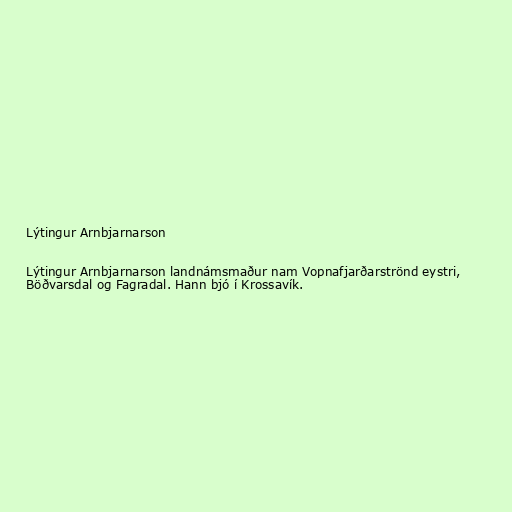
Lýtingur Arnbjarnarson

Lýtingur Arnbjarnarson landnámsmaður nam Vopnafjarðarströnd eystri,
Böðvarsdal og Fagradal. Hann bjó í Krossavík.